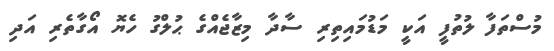
މުސްތަފާ ލުތުފީ އަކީ މަޑުމައިތިރި ސާދާ މިޒާޖެއްގެ ޙުލްގު ހެޔޮ އޯގާތެރި އަދި